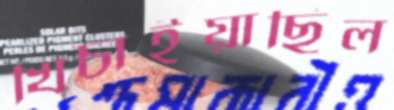
খিচাইয়াছিল